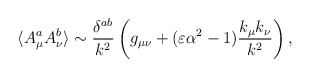
\begin{align*}\langle A^a_\mu A^b_\nu \rangle \sim {\delta^{ab} \over k^2} \left( g_{\mu\nu} + (\varepsilon \alpha^2 - 1) {k_\mu k_\nu \over k^2} \right),\end{align*}